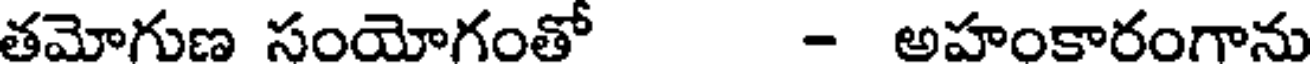
తమోగుణ సంయోగంతో - అహంకారంగాను